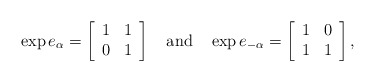
\begin{align*}\exp e_\alpha = \left[\begin{array}{cc}1&1\\0&1\end{array}\right]~~~\mbox{and}~~~\exp e_{-\alpha} = \left[\begin{array}{cc}1&0\\1&1\end{array}\right],\end{align*}